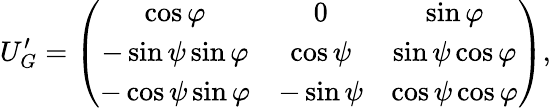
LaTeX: U_{G}^{\prime}=\left(\begin{array}{ccc}{{\cos\varphi}}&{{0}}&{{\sin\varphi}}\\ {{-\sin\psi\sin\varphi}}&{{\cos\psi}}&{{\sin\psi\cos\varphi}}\\ {{-\cos\psi\sin\varphi}}&{{-\sin\psi}}&{{\cos\psi\cos\varphi}}\end{array}\right),